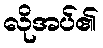
လိုအပ်၏